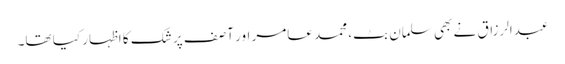
عبدالرزاق نے بھی سلمان بٹ، محمد عامر اور آصف پر شک کا اظہار کیا تھا۔